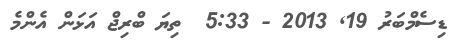
ޑިސެމްބަރު 19